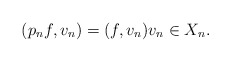
\begin{align*}(p_n f, v_n) = (f, v_n) v_n \in X_n.\end{align*}